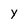
Character: y